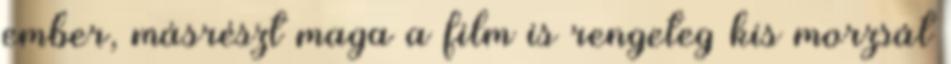
ember, másrészt maga a film is rengeteg kis morzsát